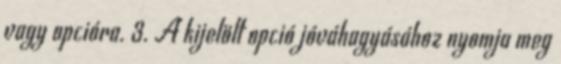
vagy opcióra. 3. A kijelölt opció jóváhagyásához nyomja meg